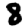
Digit: 8